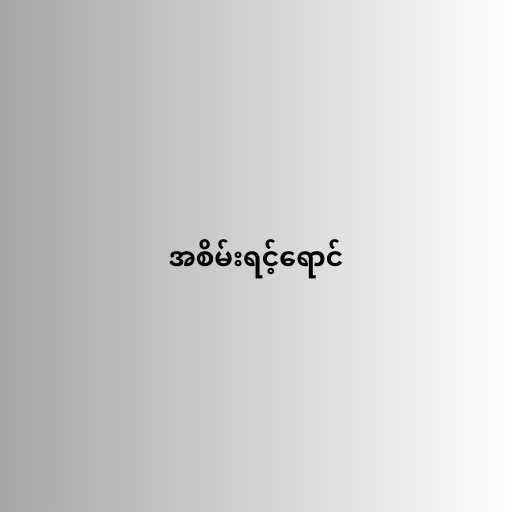
အစိမ်းရင့်ရောင်